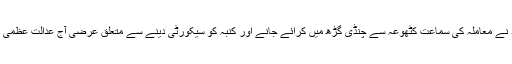
بچی کے والد نے معاملہ کی سماعت کٹھوعہ سے چنڈی گڑھ میں کرائے جانے اور کنبہ کو سیکورٹی دینے سے متعلق عرضی آج عدالت عظمی میں دائر کی۔